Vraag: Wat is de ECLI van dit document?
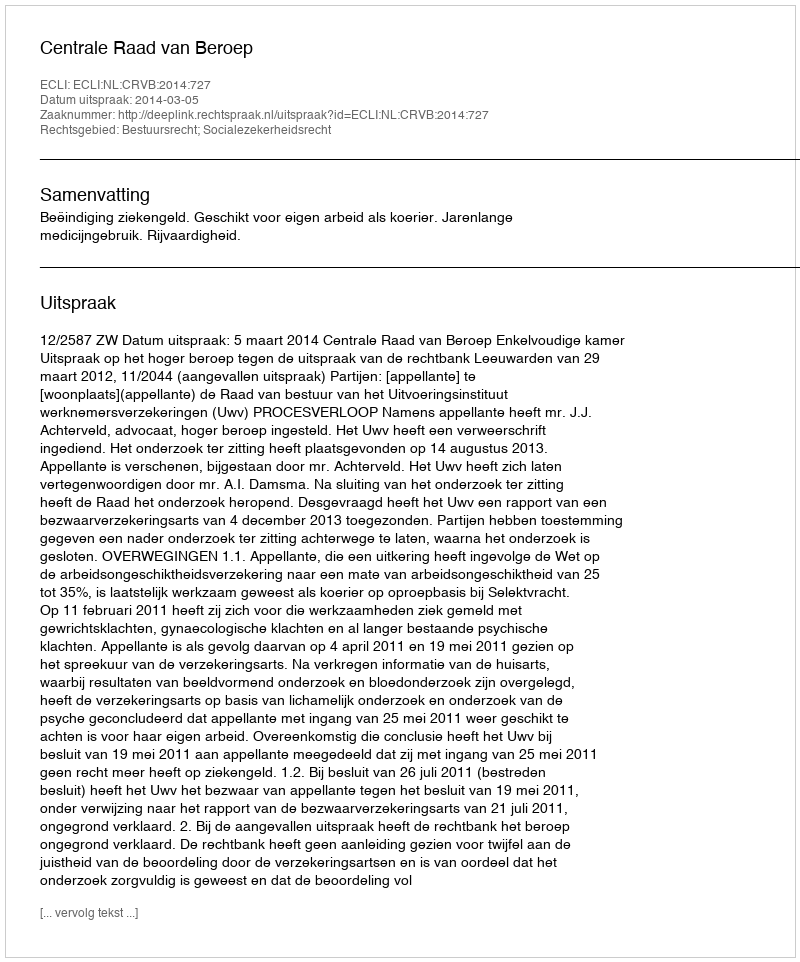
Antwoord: ECLI:NL:CRVB:2014:727